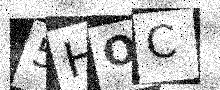
Text: 5HOC